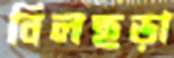
বিলছড়া